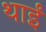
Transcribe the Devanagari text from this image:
थाईं